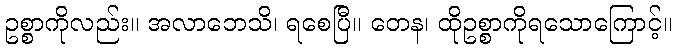
ဥစ္စာကိုလည်း။ အလာဘေသိ၊ ရစေပြီ။ တေန၊ ထိုဥစ္စာကိုရသောကြောင့်။